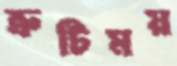
ত্রুটিময়